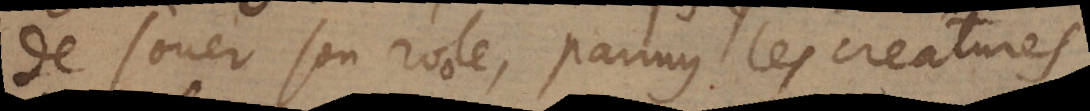
de jouer son role, parmy les creatures